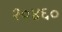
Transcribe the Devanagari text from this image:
१०४६०